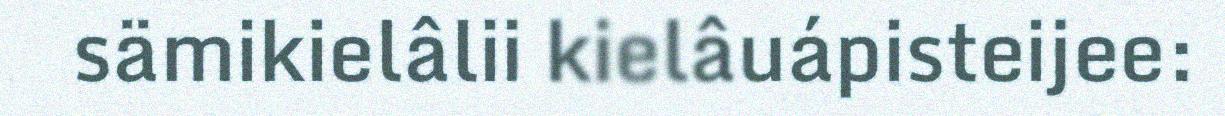
sämikielâlii kielâuápisteijee: